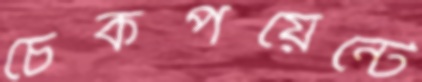
চেকপয়েন্টে